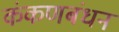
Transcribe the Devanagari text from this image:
कंकणबंधन